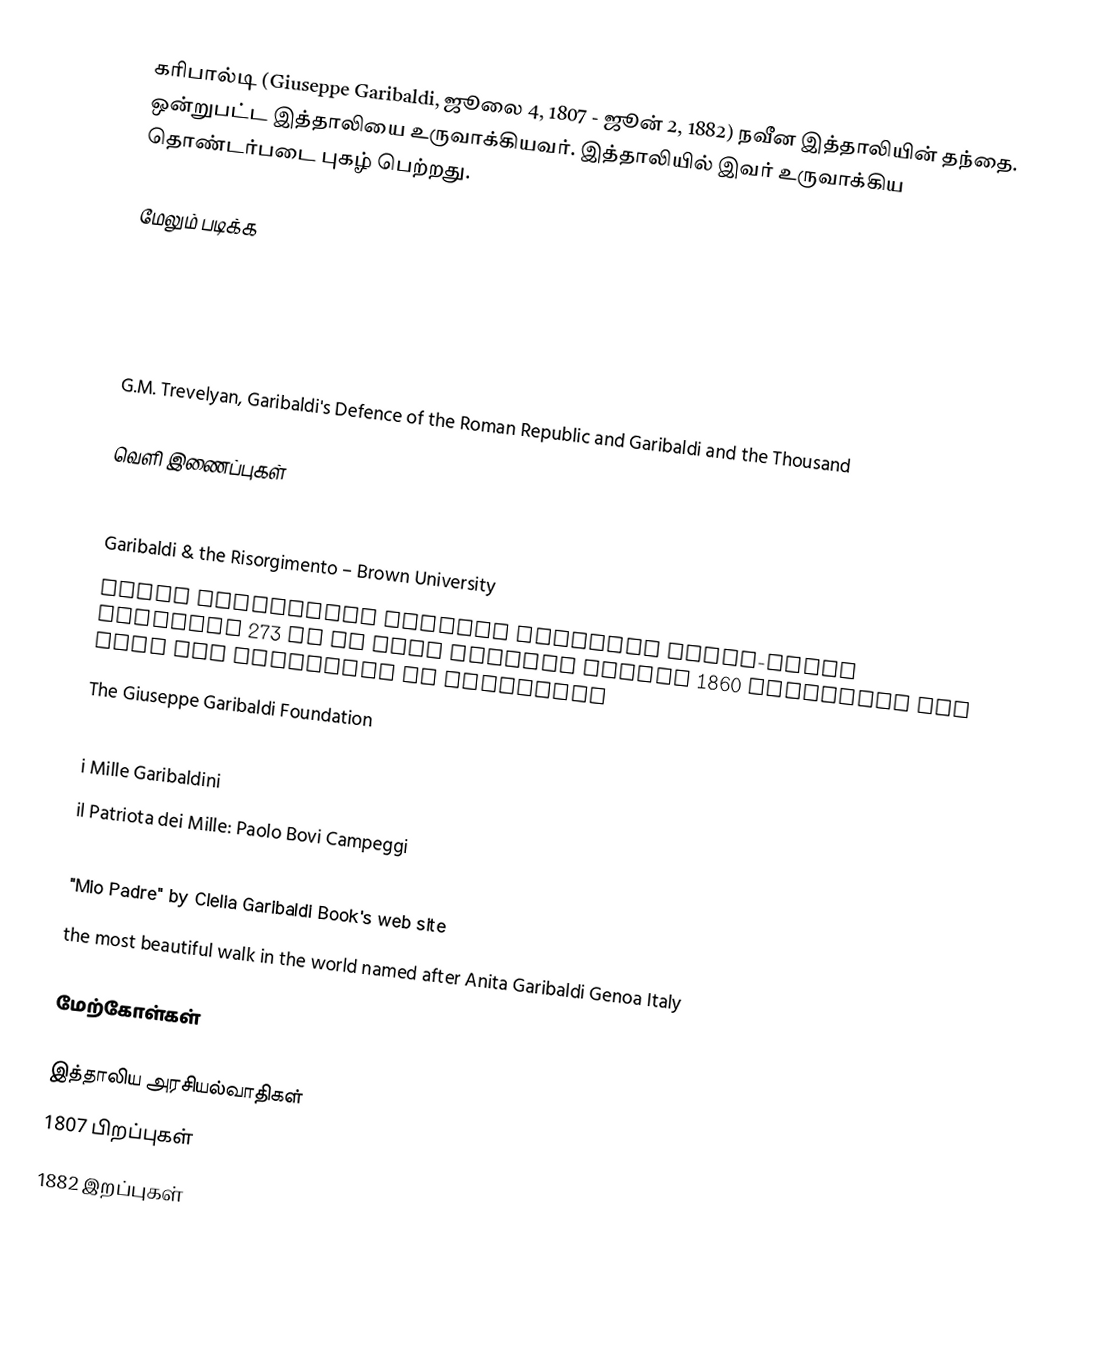
கரிபால்டி (Giuseppe Garibaldi, ஜூலை 4, 1807 - ஜூன் 2, 1882) நவீன இத்தாலியின் தந்தை. ஒன்றுபட்ட இத்தாலியை உருவாக்கியவர். இத்தாலியில் இவர் உருவாக்கிய தொண்டர்படை புகழ் பெற்றது.

மேலும் படிக்க

 G.M. Trevelyan, Garibaldi's Defence of the Roman Republic and Garibaldi and the Thousand

வெளி இணைப்புகள்

 Garibaldi & the Risorgimento – Brown University
 Brown University Library Original water-color panorama 273 ft in long painted around 1860 depicting the life and campaigns of Garibaldi
 The Giuseppe Garibaldi Foundation
 1867 Caricature of Garibaldi by André Gill
 i Mille Garibaldini
 il Patriota dei Mille: Paolo Bovi Campeggi
 Review of Lucy Riall's Garibaldi: The Invention of a Hero
 "Mio Padre" by Clelia Garibaldi Book's web site
the most beautiful walk in the world named after Anita Garibaldi Genoa Italy

மேற்கோள்கள்

இத்தாலிய அரசியல்வாதிகள்
1807 பிறப்புகள்
1882 இறப்புகள்